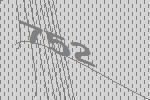
752